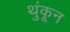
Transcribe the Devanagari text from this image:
थुंकून